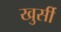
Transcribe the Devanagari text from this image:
खुर्सी